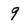
Character: 9